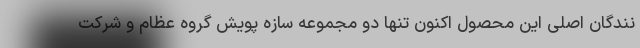
نندگان اصلی این محصول اکنون تنها دو مجموعه سازه پویش گروه عظام و شرکت